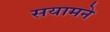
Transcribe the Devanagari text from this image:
सयामने